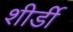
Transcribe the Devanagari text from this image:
शीर्डी